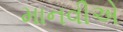
માનવીએ